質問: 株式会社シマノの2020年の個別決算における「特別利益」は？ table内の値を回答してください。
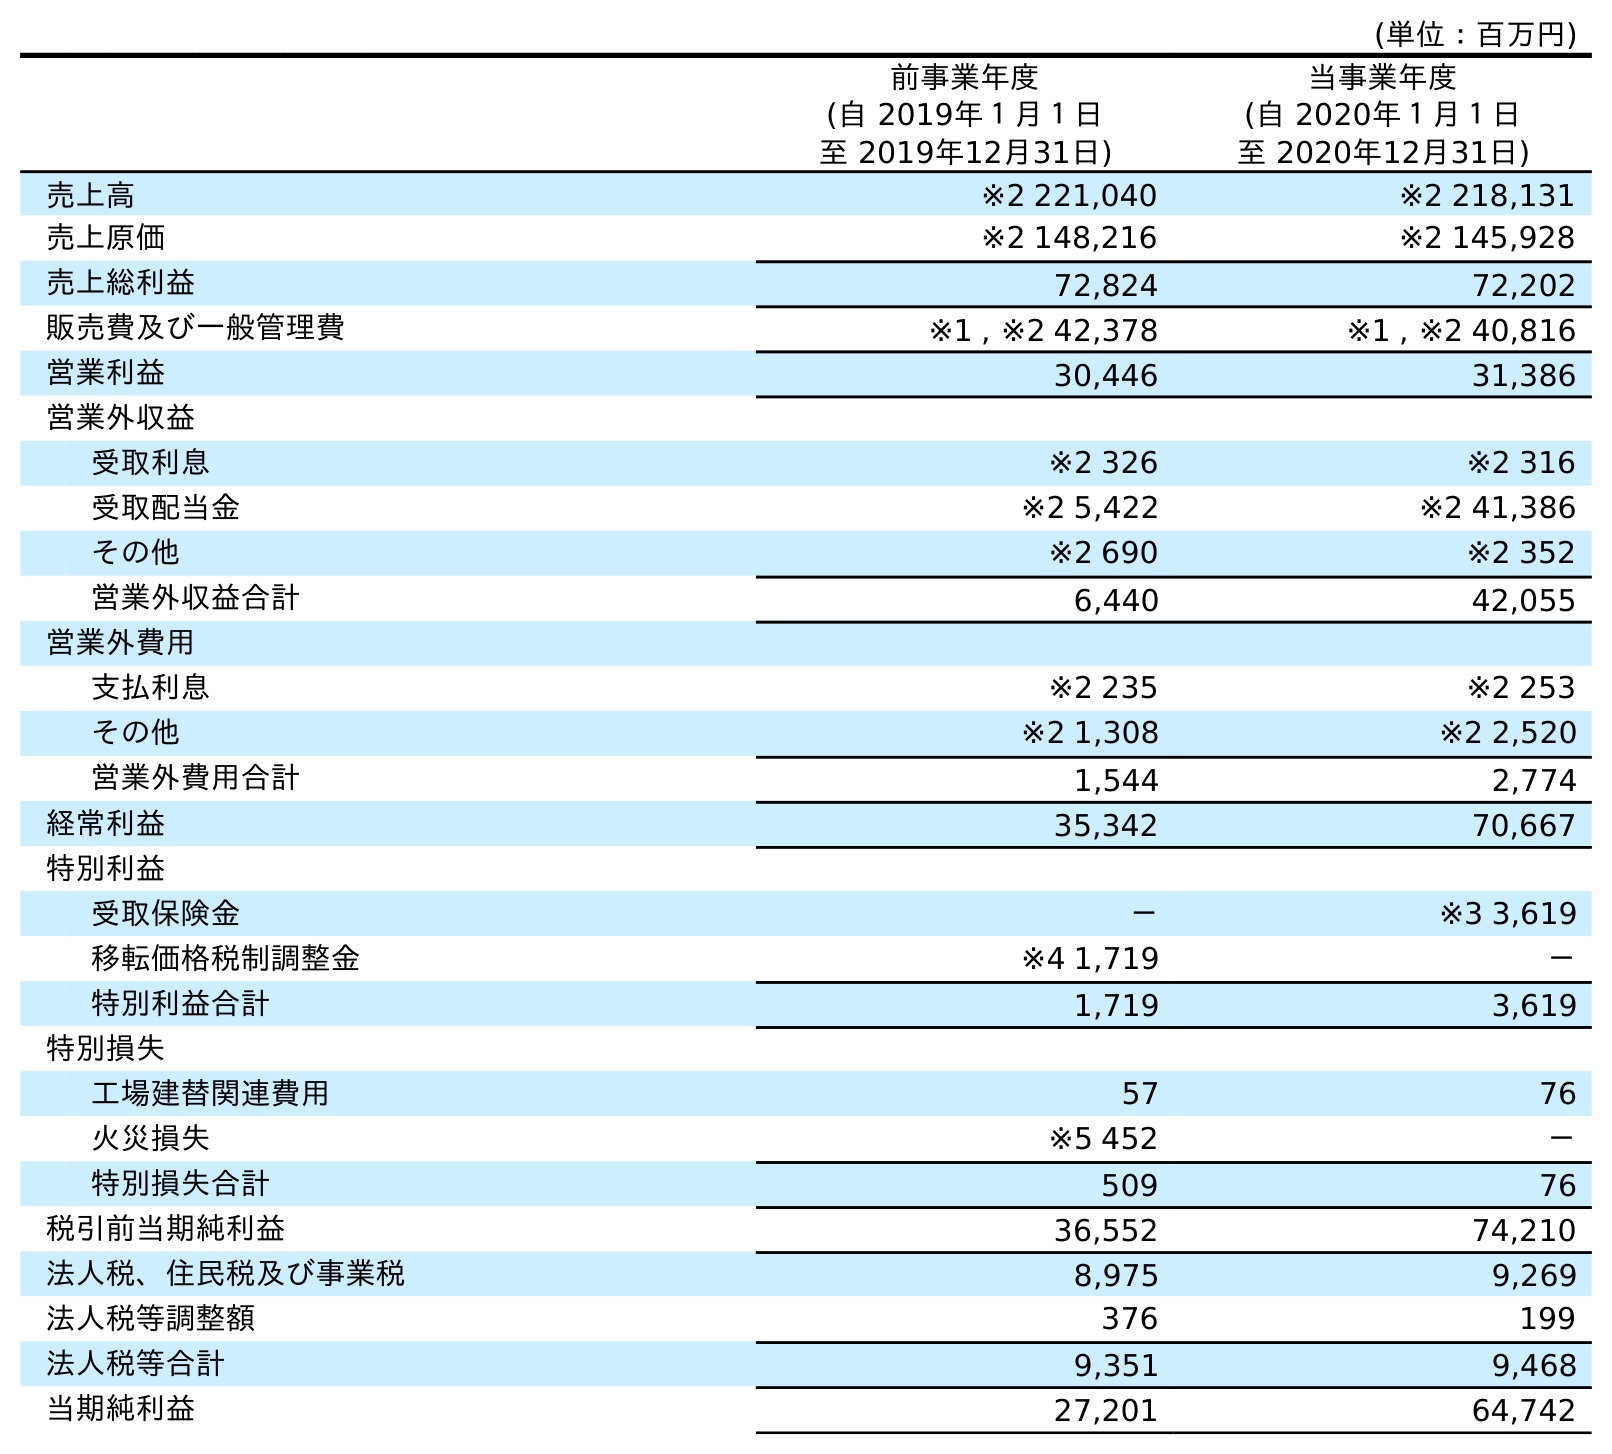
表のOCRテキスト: (単位：百万円) 前事業年度 (自 2019年１月１日 至 2019年12月31日) 当事業年度 (自 2020年１月１日 至 2020年12月31日) 売上高 ※2 221,040 ※2 218,131 売上原価 ※2 148,216 ※2 145,928 売上総利益 72,824 72,202 販売費及び一般管理費 ※1 , ※2 42,378 ※1 , ※2 40,816 営業利益 30,446 31,386 営業外収益 受取利息 ※2 326 ※2 316 受取配当金 ※2 5,422 ※2 41,386 その他 ※2 690 ※2 352 営業外収益合計 6,440 42,055 営業外費用 支払利息 ※2 235 ※2 253 その他 ※2 1,308 ※2 2,520 営業外費用合計 1,544 2,774 経常利益 35,342 70,667 特別利益 受取保険金 － ※3 3,619 移転価格税制調整金 ※4 1,719 － 特別利益合計 1,719 3,619 特別損失 工場建替関連費用 57 76 火災損失 ※5 452 － 特別損失合計 509 76 税引前当期純利益 36,552 74,210 法人税、住民税及び事業税 8,975 9,269 法人税等調整額 376 199 法人税等合計 9,351 9,468 当期純利益 27,201 64,742
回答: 3,619